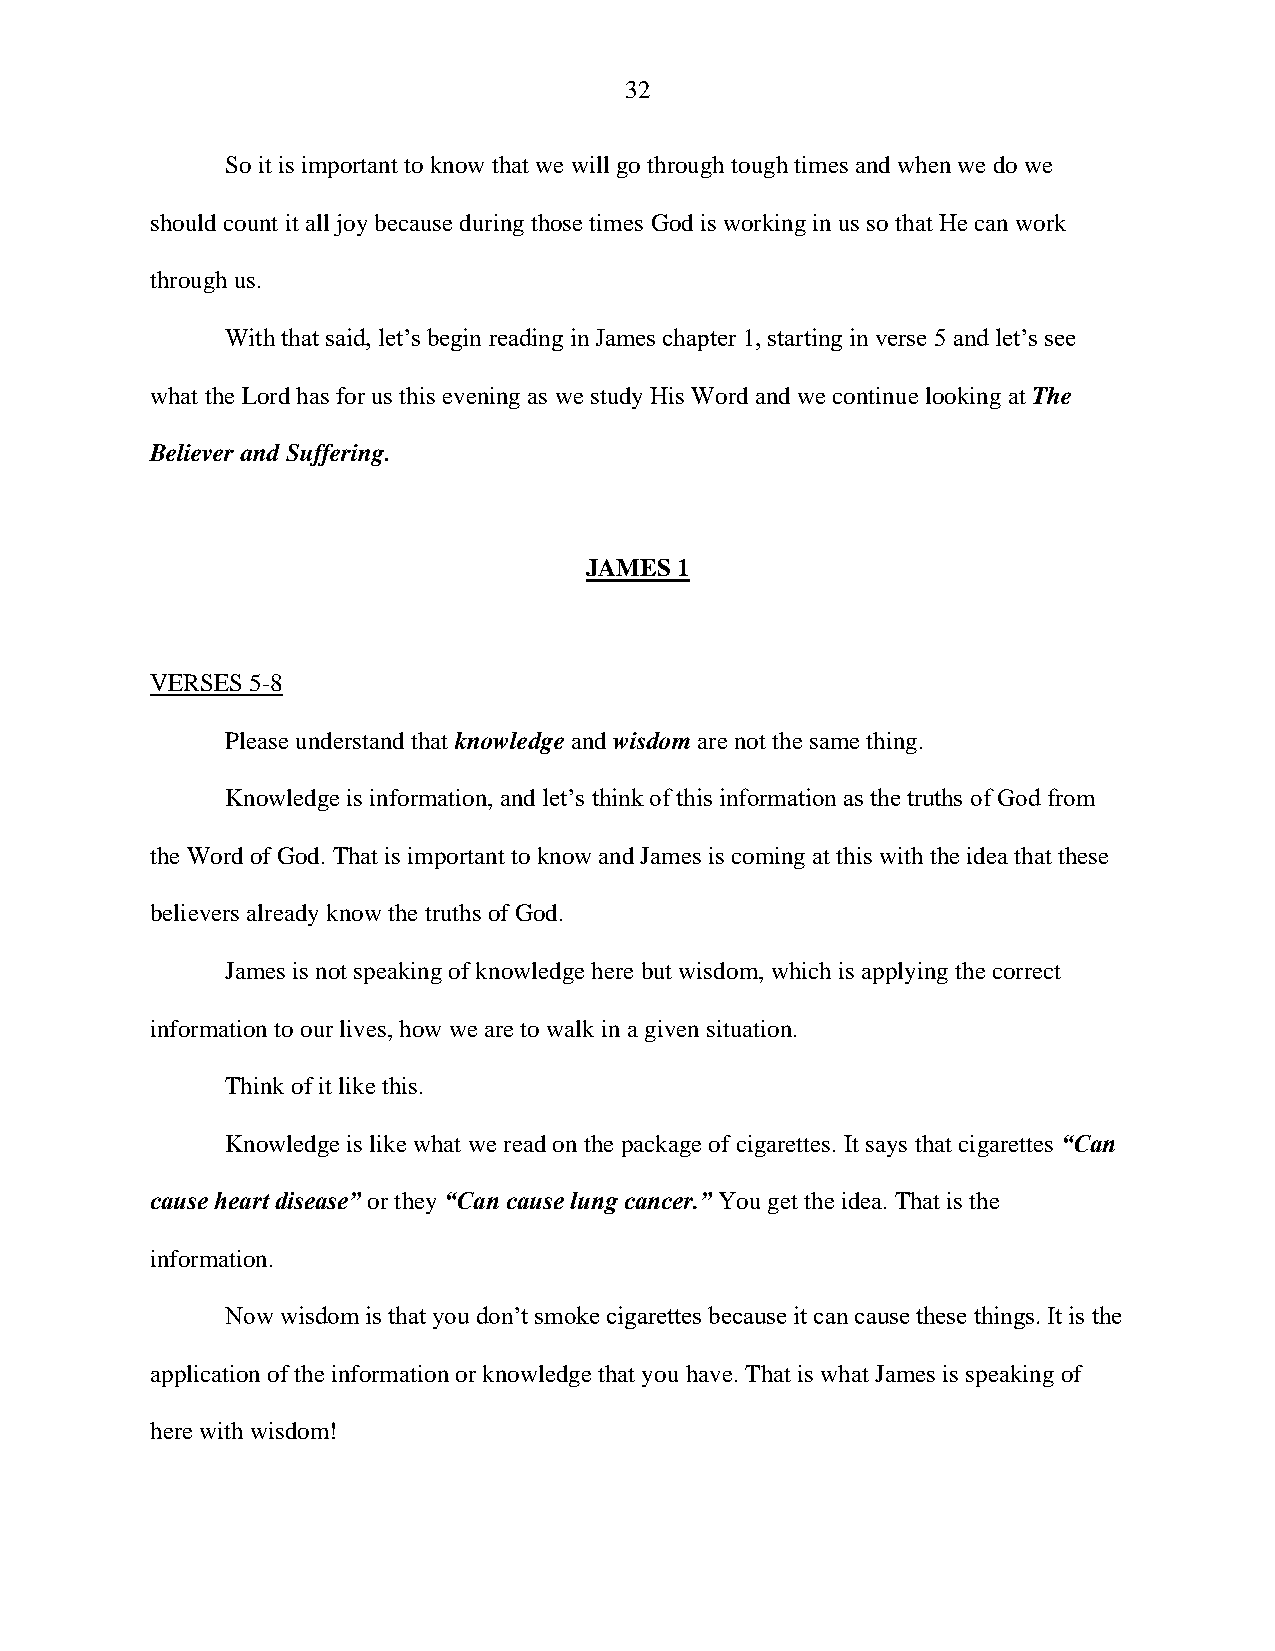
32
 So it is important to know that we will go through tough times and when we do we
 should count it all joy because during those times God is working in us so that He can work
 through us.
 With that said, let’s begin reading in James chapter 1, starting in verse 5 and let’s see
 what the Lord has for us this evening as we study His Word and we continue looking at The
 Believer and Suffering.
 JAMES 1
 VERSES 5-8
 Please understand that knowledge and wisdom are not the same thing.
 Knowledge is information, and let’s think of this information as the truths of God from
 the Word of God. That is important to know and James is coming at this with the idea that these
 believers already know the truths of God.
 James is not speaking of knowledge here but wisdom, which is applying the correct
 information to our lives, how we are to walk in a given situation.
 Think of it like this.
 Knowledge is like what we read on the package of cigarettes. It says that cigarettes “Can
 cause heart disease” or they “Can cause lung cancer.” You get the idea. That is the
 information.
 Now wisdom is that you don’t smoke cigarettes because it can cause these things. It is the
 application of the information or knowledge that you have. That is what James is speaking of
 here with wisdom!